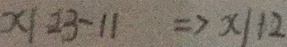
x \vert 2 3 - 1 1 \Rightarrow x \vert 1 2